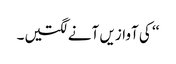
‘‘ کی آوازیں آنے لگتیں۔